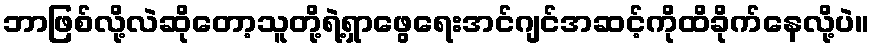
ဘာဖြစ်လို့လဲဆိုတော့သူတို့ရဲ့ရှာဖွေရေးအင်ဂျင်အဆင့်ကိုထိခိုက်နေလို့ပဲ။